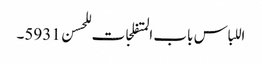
اللباس باب المتفلجات للحسن 5931۔